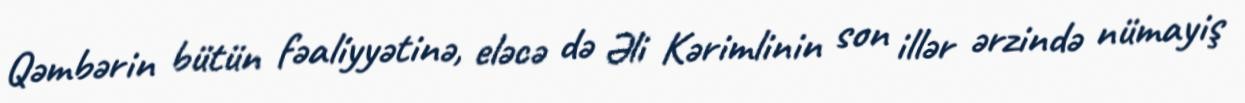
Qəmbərin bütün fəaliyyətinə, eləcə də Əli Kərimlinin son illər ərzində nümayiş